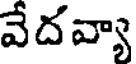
వేదవ్యా